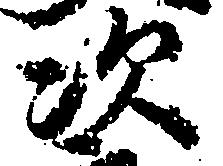
次